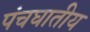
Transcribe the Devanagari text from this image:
पंचघातीय